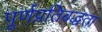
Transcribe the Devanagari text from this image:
पूर्णप्रतिबद्धता